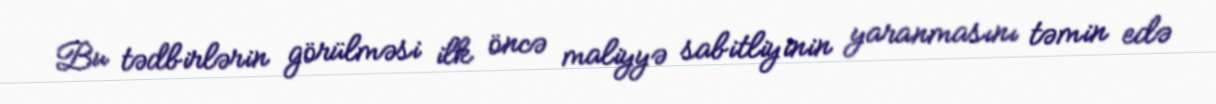
Bu tədbirlərin görülməsi ilk öncə maliyyə sabitliyinin yaranmasını təmin edə